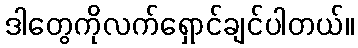
ဒါတွေကိုလက်ရှောင်ချင်ပါတယ်။